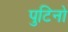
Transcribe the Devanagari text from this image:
पुटिनो